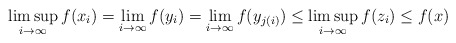
\begin{align*}\limsup_{i\to\infty} f(x_i)=\lim_{i\to\infty} f(y_i)=\lim_{i\to\infty} f(y_{j(i)})\le \limsup_{i\to\infty} f(z_{i})\le f(x)\end{align*}